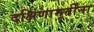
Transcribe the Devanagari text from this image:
दक्षिणामूर्तींना